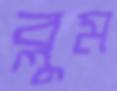
ব্লুম